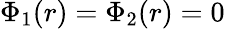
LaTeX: \Phi_{1}(r)=\Phi_{2}(r)=0